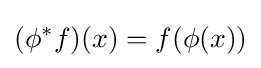
(\phi ^{*}f)(x)=f(\phi (x))